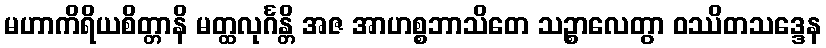
မဟာကိရိယစိတ္တာနိ မတ္ထလုင်္ဂန္တိ အဇ အာဟစ္စဘာသိတေ သဉ္စာလေတွာ ဝဿိတသဒ္ဒေန